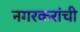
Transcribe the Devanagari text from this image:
नगरकरांची